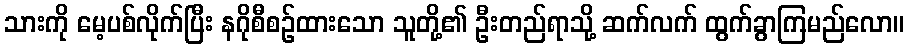
သားကို မေ့ပစ်လိုက်ပြီး နဂိုစီစဉ်ထားသော သူတို့၏ ဦးတည်ရာသို့ ဆက်လက် ထွက်ခွာကြမည်လော။